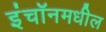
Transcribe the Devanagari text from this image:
इंचॉनमधील